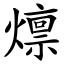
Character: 燷